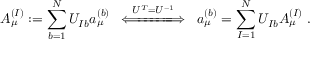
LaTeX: A _ { \mu } ^ { ( I ) } : = \sum _ { b = 1 } ^ { N } U _ { I b } a _ { \mu } ^ { ( b ) } \; \; \stackrel { U ^ { T } = U ^ { - 1 } } { \Longleftarrow \! \! = \! \! = \! \! = \! \! = \! \! = \! \! \! \Longrightarrow } \; \; a _ { \mu } ^ { ( b ) } = \sum _ { I = 1 } ^ { N } U _ { I b } A _ { \mu } ^ { ( I ) } \; .